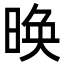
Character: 㬇